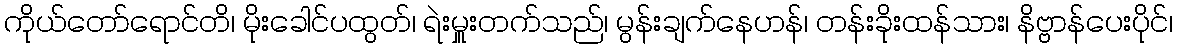
ကိုယ်တော်ရောင်တိ၊ မိုးခေါင်ပထွတ်၊ ရဲးမှူးတက်သည်၊ မွန်းချက်နေဟန်၊ တန်းခိုးထန်သား၊ နိဗ္ဗာန်ပေးပိုင်၊